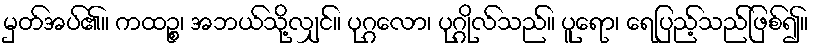
မှတ်အပ်၏။ ကထဉ္စ၊ အဘယ်သို့လျှင်။ ပုဂ္ဂလော၊ ပုဂ္ဂိုလ်သည်။ ပူရော၊ ရေပြည့်သည်ဖြစ်၍။